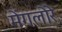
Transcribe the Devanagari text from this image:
मेंगलोरे